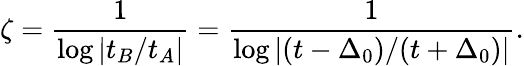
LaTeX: \zeta=\frac{1}{\log\left|t_{B}/t_{A}\right|}=\frac{1}{\log\left|(t-\Delta_{0})/(t+\Delta_{0})\right|}.